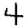
Digit: 4